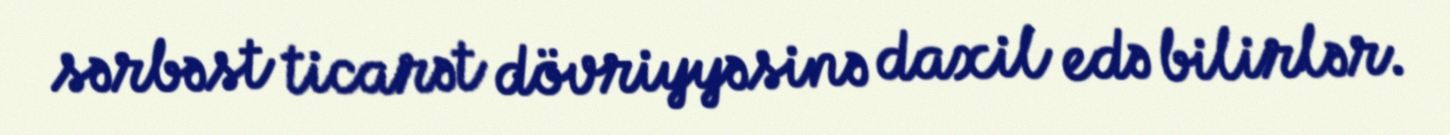
sərbəst ticarət dövriyyəsinə daxil edə bilirlər.